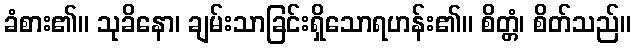
ခံစား၏။ သုခိနော၊ ချမ်းသာခြင်းရှိသောရဟန်း၏။ စိတ္တံ၊ စိတ်သည်။